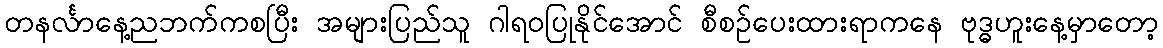
တနင်္လာနေ့ညဘက်ကစပြီး အများပြည်သူ ဂါရဝပြုနိုင်အောင် စီစဉ်ပေးထားရာကနေ ဗုဒ္ဓဟူးနေ့မှာတော့